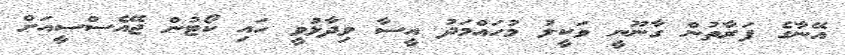
އޭނާގެ ފަރާތުން ގާނޫނީ ވަކީލު މުހައްމަދު އީސާ ވިދާޅުވީ ހައި ކޯޓުން ޖޭއެސްސީއަށް